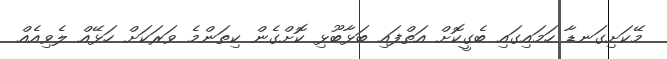
މޭކަށިގަނޑާ ހަމައިގައި ބެގީކޮށް އަތްފައި ބަޅާބޫޅި ކޮށްގެން ކިތަންމެ ވަރަކަށް ހަޅޭއް ލެވިއެއް